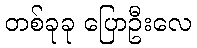
တစ်ခုခု ပြောဦးလေ